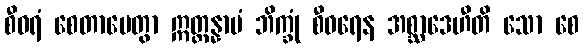
စီဝရံ စေတာပေတွာ ဣတ္ထန္နာမံ ဘိက္ခုံ စီဝရေန အစ္ဆာဒေဟီတိ သော စေ